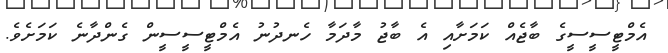
އެމްޓީސީސީގެ ބާޖެއް ކަމަށާއި އެ ބާޖު މާދަމާ ހެނދުނު އެމްޓީސީސީން ގެންދާނެ ކަމަށެވެ.